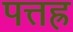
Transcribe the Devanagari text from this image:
पत्तह्र